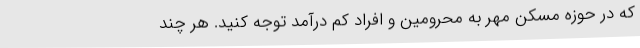
که در حوزه مسکن مهر به محرومین و افراد کم درآمد توجه کنید. هر چند